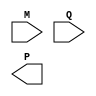
module WallaceTreeBoothMultiplier #(parameter WIDTH = 4) (
    input signed [WIDTH-1:0] M, // Multiplicand
    input signed [WIDTH-1:0] Q, // Multiplier
    output signed [2*WIDTH-1:0] P // Product
);

// Booth encoding section
reg [WIDTH*2-1:0] partial_products;

integer i;
always @(*) begin
    partial_products = 0;

    for (i = 0; i < WIDTH; i = i + 1) begin
        case ({Q[i+1], Q[i]})  // Q[i+1] is the bit above Q[i]
            2'b00: partial_products[(i+1)*WIDTH-1 -: WIDTH] = 0; // No addition
            2'b01: partial_products[(i+1)*WIDTH-1 -: WIDTH] = M; // Add M
            2'b10: partial_products[(i+1)*WIDTH-1 -: WIDTH] = ~M + 1; // Subtract M (two's complement)
            2'b11: partial_products[(i+1)*WIDTH-1 -: WIDTH] = 0; // Maintain previous
            default: partial_products[(i+1)*WIDTH-1 -: WIDTH] = 0;
        endcase
    end
end

// Wallace Tree Reduction Logic
wire [2*WIDTH-1:0] pp0, pp1, pp2; // Grouping partial products 
wire [2*WIDTH-1:0] sum0, sum1, carry0, carry1;

// Example of Wallace Tree Logic (2-stage reduction)
// This reduction needs to be implemented correctly based on number of bits and Wallace structure
// Here I show a simple approach; in practice, more stages maybe required
assign sum0 = partial_products[WIDTH-1:0] + partial_products[2*WIDTH-1:WIDTH]; 
assign carry0 = {1'b0, sum0} >> 1;

assign sum1 = carry0 + partial_products[3*WIDTH-1:2*WIDTH];
assign carry1 = {1'b0, sum1} >> 1;

// Final Product Output
assign P = sum1 + carry1;

endmodule